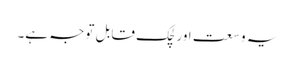
یہ وسعت اور لچک قابل توجہ ہے۔